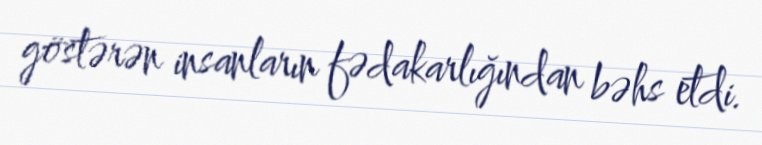
göstərən insanların fədakarlığından bəhs etdi.